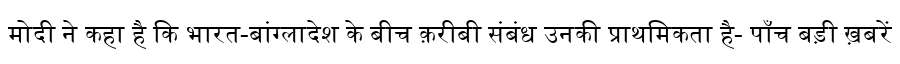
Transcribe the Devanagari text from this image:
मोदी ने कहा है कि भारत-बांग्लादेश के बीच क़रीबी संबंध उनकी प्राथमिकता है- पाँच बड़ी ख़बरें